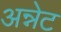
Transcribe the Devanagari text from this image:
अन्नेट